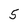
Character: 5